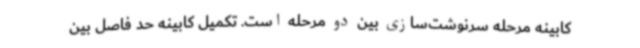
کابینه مرحله سرنوشت‌سازی بین دو مرحله است. تکمیل کابینه حد فاصل بین